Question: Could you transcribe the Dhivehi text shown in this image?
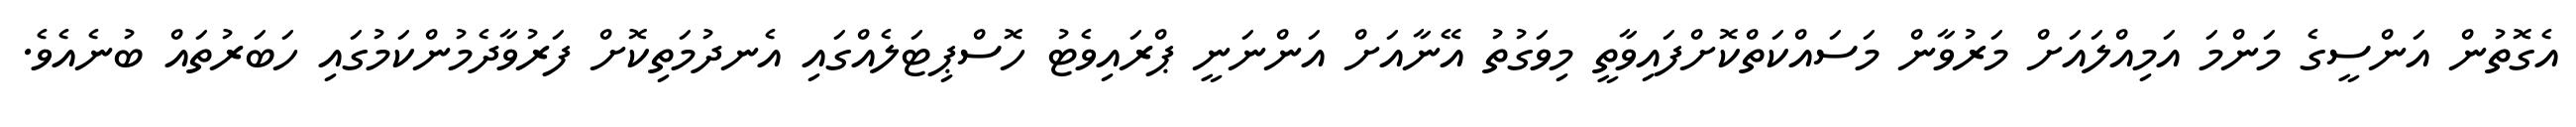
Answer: އެގޮތުން އަންސީގެ މަންމަ އަމިއްލައަށް މަރުވާން މަސައްކަތްކޮށްފައިވާތީ މިވަގުތު އޭނާއަށް އަންނަނީ ޕްރައިވެޓު ހޮސްޕިޓަލެއްގައި އެނދުމަތިކޮށް ފަރުވާދެމުންކަމުގައި ހަބަރުތައް ބުނެއެވެ.